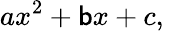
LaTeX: ax^{2}+\mathsf{b}x+c,\,